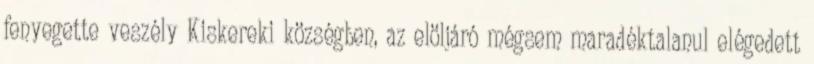
fenyegette veszély Kiskereki községben, az elöljáró mégsem maradéktalanul elégedett